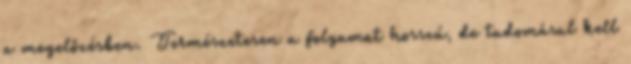
a megelőzésben. Természetesen a folyamat hosszú, de tudomásul kell